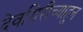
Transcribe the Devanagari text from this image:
देवगिरीच्याहुन